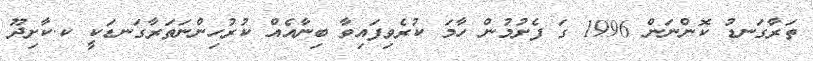
ތަރާގަނޑު ކޮންނަން 1996 ގަ ފެށުމުން ހާމަ ކުރެވިފައިވާ ބިނާއެއް ކުރުހިންނަތަރާގަނޑަކީ ކ.ކާށިދޫ